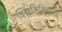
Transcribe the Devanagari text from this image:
क्लिनिशियनों